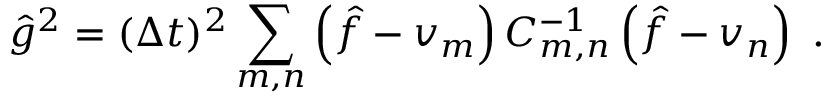
\hat { g } ^ { 2 } = ( \Delta t ) ^ { 2 } \sum _ { m , n } \left( \hat { f } - v _ { m } \right) C _ { m , n } ^ { - 1 } \left( \hat { f } - v _ { n } \right) \ .